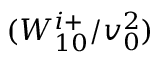
( W _ { 1 0 } ^ { i + } / v _ { 0 } ^ { 2 } )